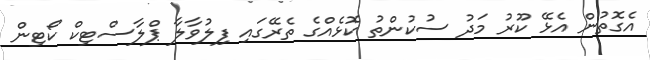
އެގޮތުން އެޅޭ ކޫރު މަދު ސުކުންތު ކޮޅެއްގެ ތެރޭގައި ފިލުވާލާ ޕްލާސްޓިކް ކޯޓިން